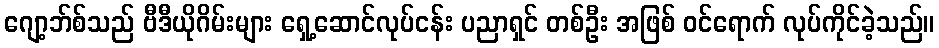
ဂျော့ဘ်စ်သည် ဗီဒီယိုဂိမ်းများ ရှေ့ဆောင်လုပ်ငန်း ပညာရှင် တစ်ဦး အဖြစ် ဝင်ရောက် လုပ်ကိုင်ခဲ့သည်။